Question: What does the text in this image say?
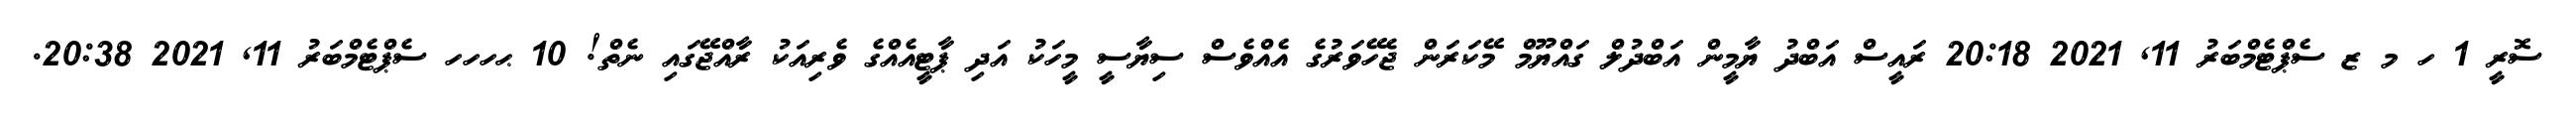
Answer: ސޮރީ 1 ހ މ ޒ ސެޕްޓެމްބަރު 11, 2021 20:18 ރައީސް އަބްދު ޔާމީން އަބްދުލް ގައްޔޫމް މޭކަރަން ޖެހޭވަރުގެ އެއްވެސް ސިޔާސީ މީހަކު އަދި ޕާޓީއެއްގެ ވެރިއަކު ރާއްޖޭގައި ނެތް! 10 ޙހހހ ސެޕްޓެމްބަރު 11, 2021 20:38.